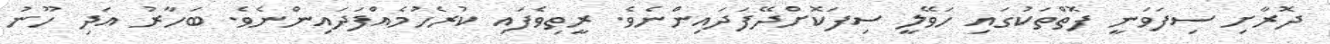
ދޮރާށި ސިފަވަނީ ފޮތްތަކުގައި ހަވޭލީ ސިފަކޮށްދޭފަދައިންނެވެ. ރީތިވެފައި ކުރެހުމެއްފަދައިންނެވެ. ބަހާރު އަދި ހޫނު